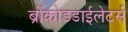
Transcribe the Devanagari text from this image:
ब्रोंकोडडाईलेटर्स